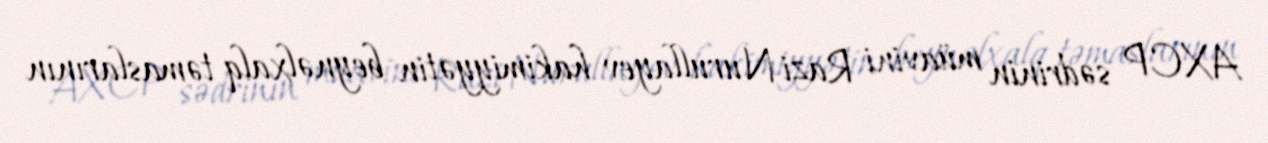
AXCP sədrinin müavini Razi Nurullayev hakimiyyətin beynəlxalq təmaslarının